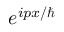
e ^ { i p x / \hbar }